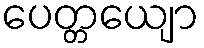
ပေတ္တယျော